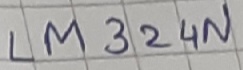
Text: LM324N